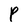
Character: P